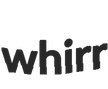
whirr